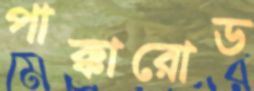
পাক্কারোড